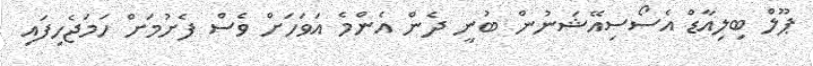
ޕޫލް ބިލިއާޑް އެސޯސިއޭޝަނުން ބުނީ ދެން އެންމެ އަވަހަށް ވެސް ފެށުމަށް ހަމަޖެހިފައި